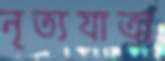
নৃত্যযাত্রা